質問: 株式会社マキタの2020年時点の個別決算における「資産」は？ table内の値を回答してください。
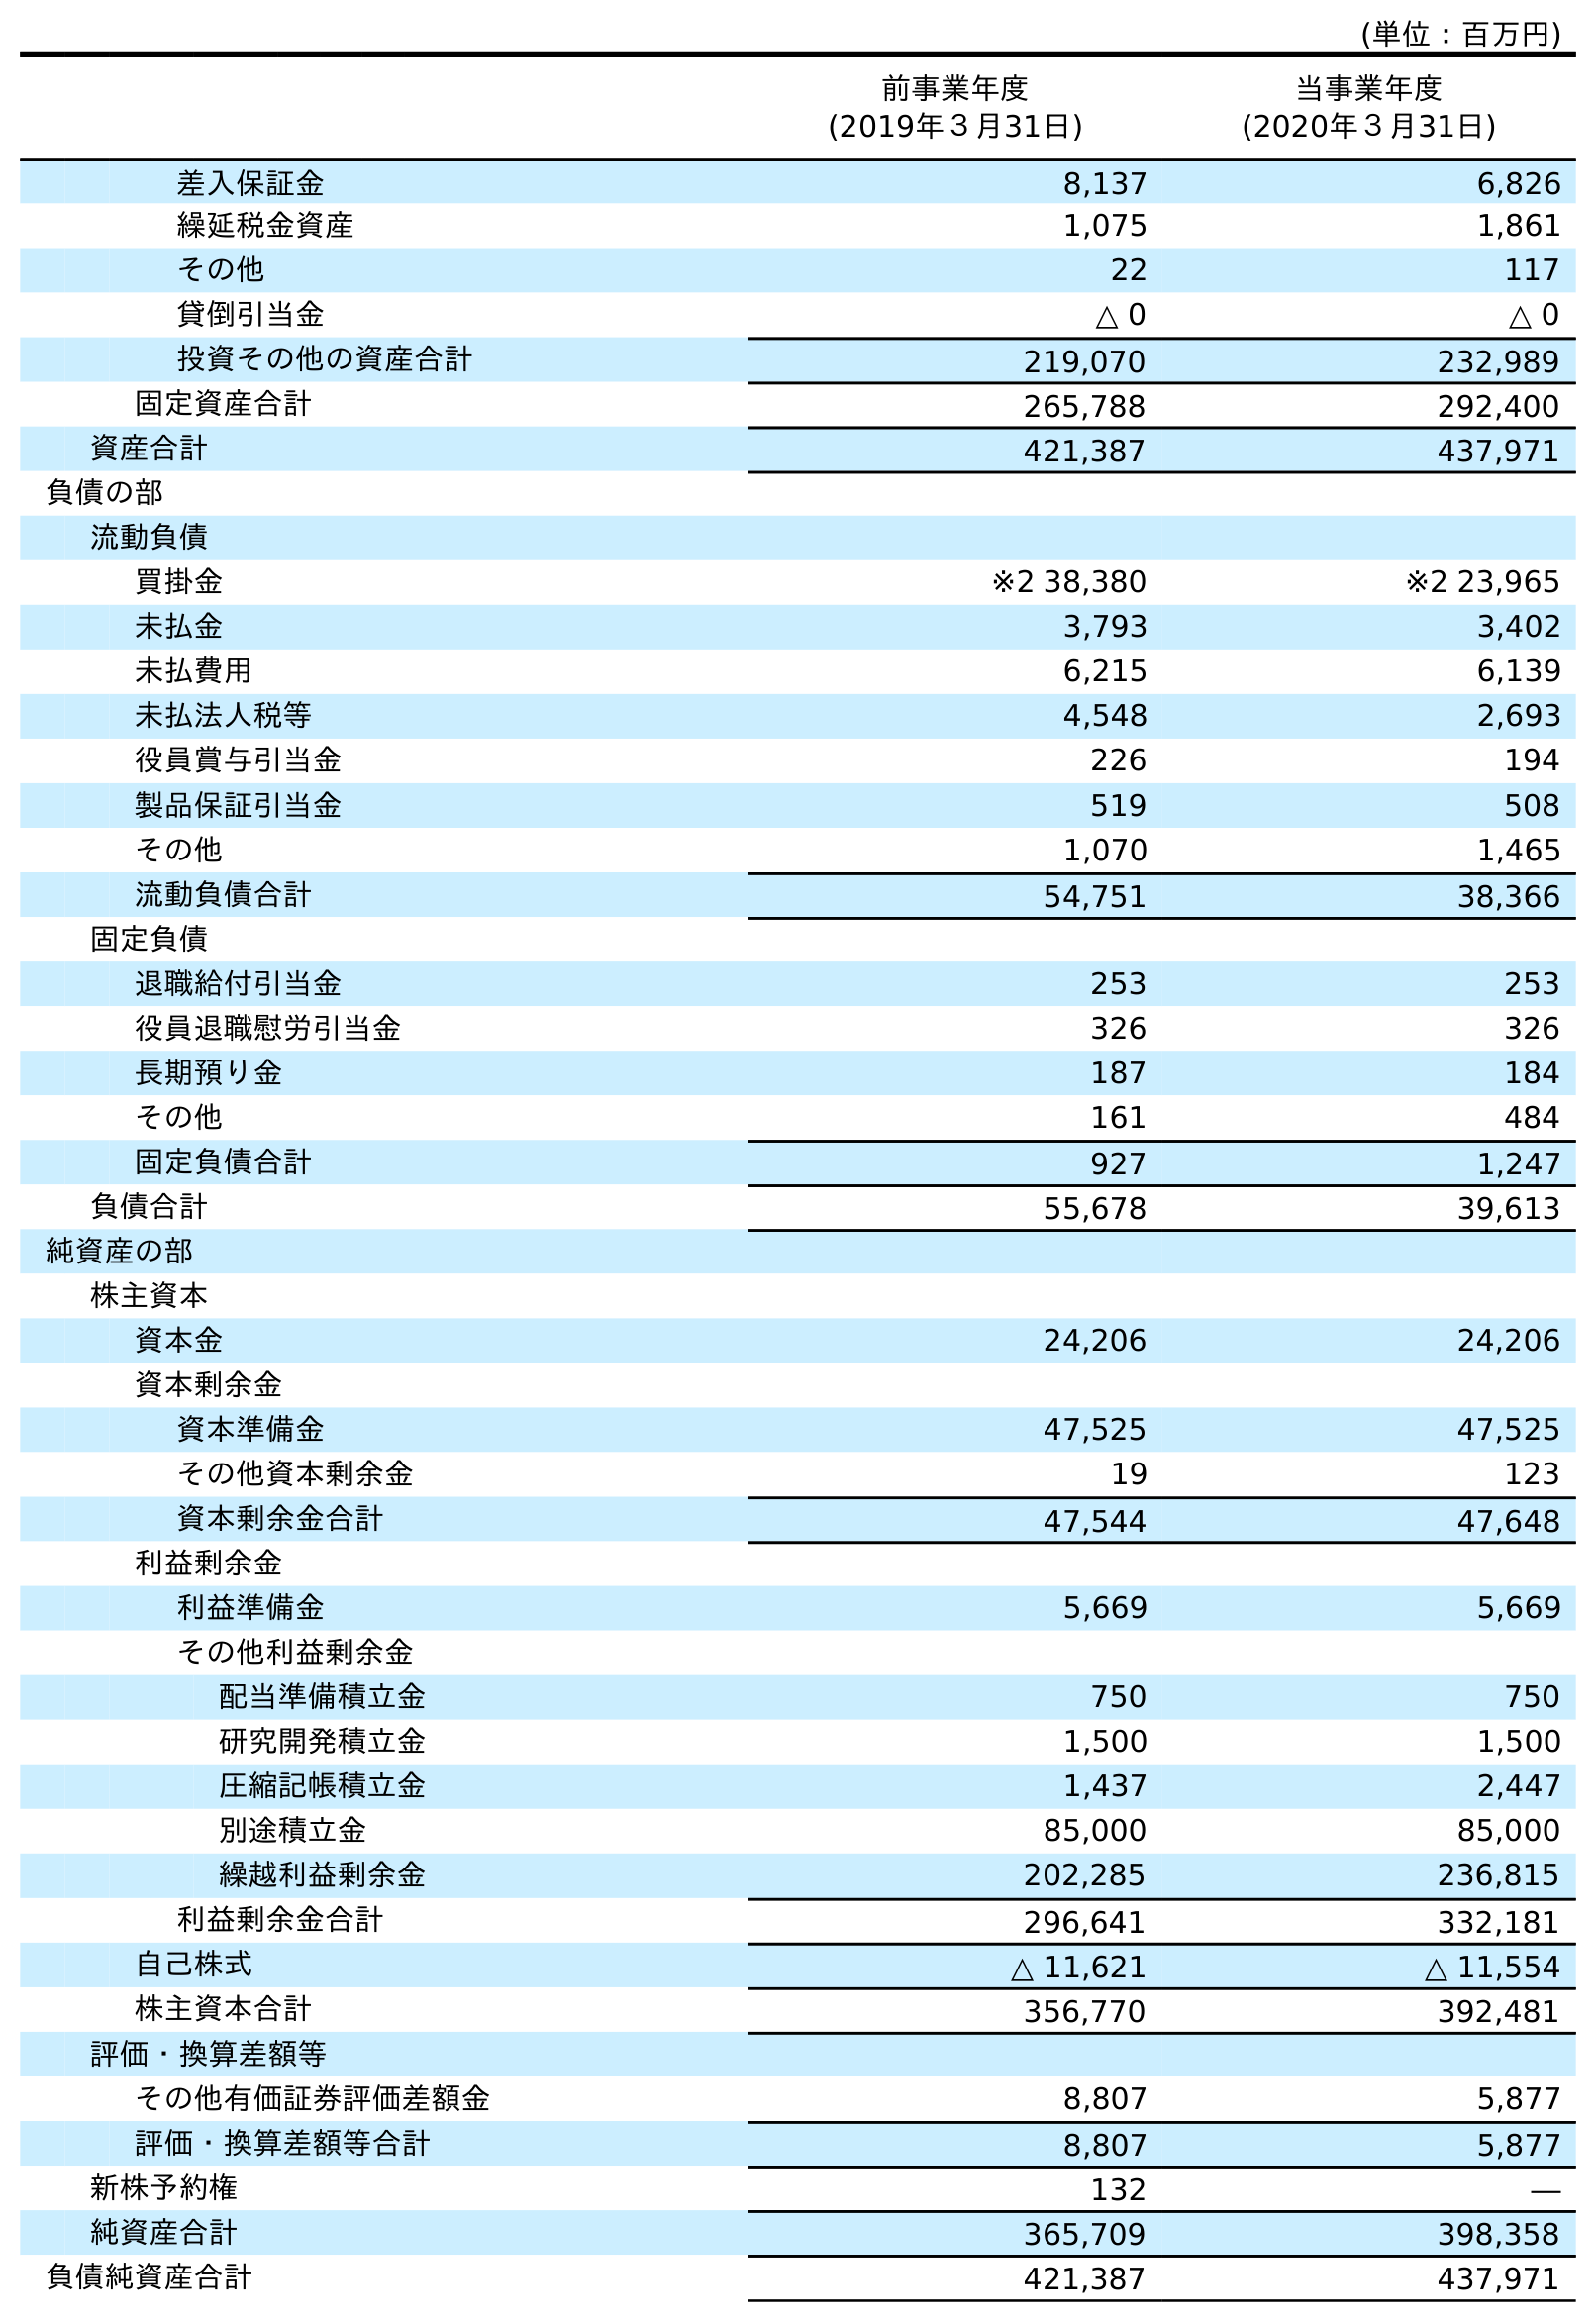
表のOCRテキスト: (単位：百万円) 前事業年度 (2019年３月31日) 当事業年度 (2020年３月31日) 差入保証金 8,137 6,826 繰延税金資産 1,075 1,861 その他 22 117 貸倒引当金 △ 0 △ 0 投資その他の資産合計 219,070 232,989 固定資産合計 265,788 292,400 資産合計 421,387 437,971 負債の部 流動負債 買掛金 ※2 38,380 ※2 23,965 未払金 3,793 3,402 未払費用 6,215 6,139 未払法人税等 4,548 2,693 役員賞与引当金 226 194 製品保証引当金 519 508 その他 1,070 1,465 流動負債合計 54,751 38,366 固定負債 退職給付引当金 253 253 役員退職慰労引当金 326 326 長期預り金 187 184 その他 161 484 固定負債合計 927 1,247 負債合計 55,678 39,613 純資産の部 株主資本 資本金 24,206 24,206 資本剰余金 資本準備金 47,525 47,525 その他資本剰余金 19 123 資本剰余金合計 47,544 47,648 利益剰余金 利益準備金 5,669 5,669 その他利益剰余金 配当準備積立金 750 750 研究開発積立金 1,500 1,500 圧縮記帳積立金 1,437 2,447 別途積立金 85,000 85,000 繰越利益剰余金 202,285 236,815 利益剰余金合計 296,641 332,181 自己株式 △ 11,621 △ 11,554 株主資本合計 356,770 392,481 評価・換算差額等 その他有価証券評価差額金 8,807 5,877 評価・換算差額等合計 8,807 5,877 新株予約権 132 ― 純資産合計 365,709 398,358 負債純資産合計 421,387 437,971
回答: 437,971